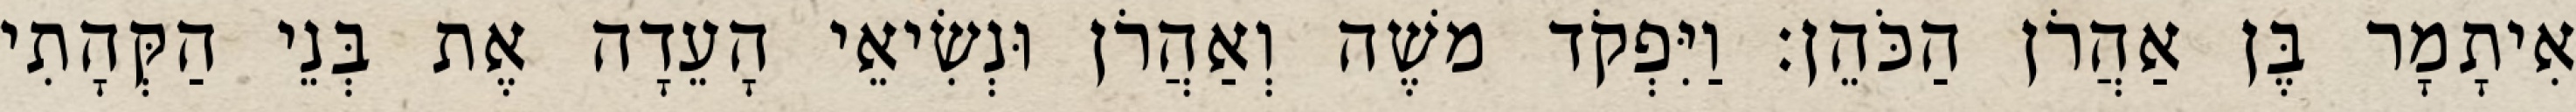
אִיתָמָר בֶּן אַהֲרֹן הַכֹּהֵן׃ וַיִּפְקֹד משֶׁה וְאַהֲרֹן וּנְשִׂיאֵי הָעֵדָה אֶת בְּנֵי הַקְּהָתִי